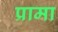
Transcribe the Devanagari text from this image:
प्रामा